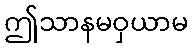
ဤသာနမဝှယာမ